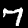
Digit: 7